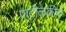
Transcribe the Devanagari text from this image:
पाटीलकीचे